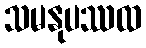
သမနုပဿထ